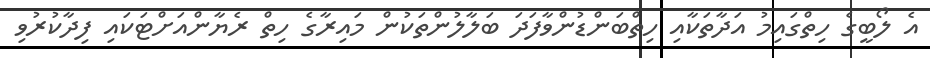
އެ ލޯބީގެ ހިތްގައިމު އަދާތަކާއި ހިތްބަންޑުންވާފަދަ ބަލާލުންތަކުން މައިރާގެ ހިތް ރެޔާންއަށްޓަކައި ފިދާކުރުވި